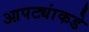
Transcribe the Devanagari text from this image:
आपट्यांकडे